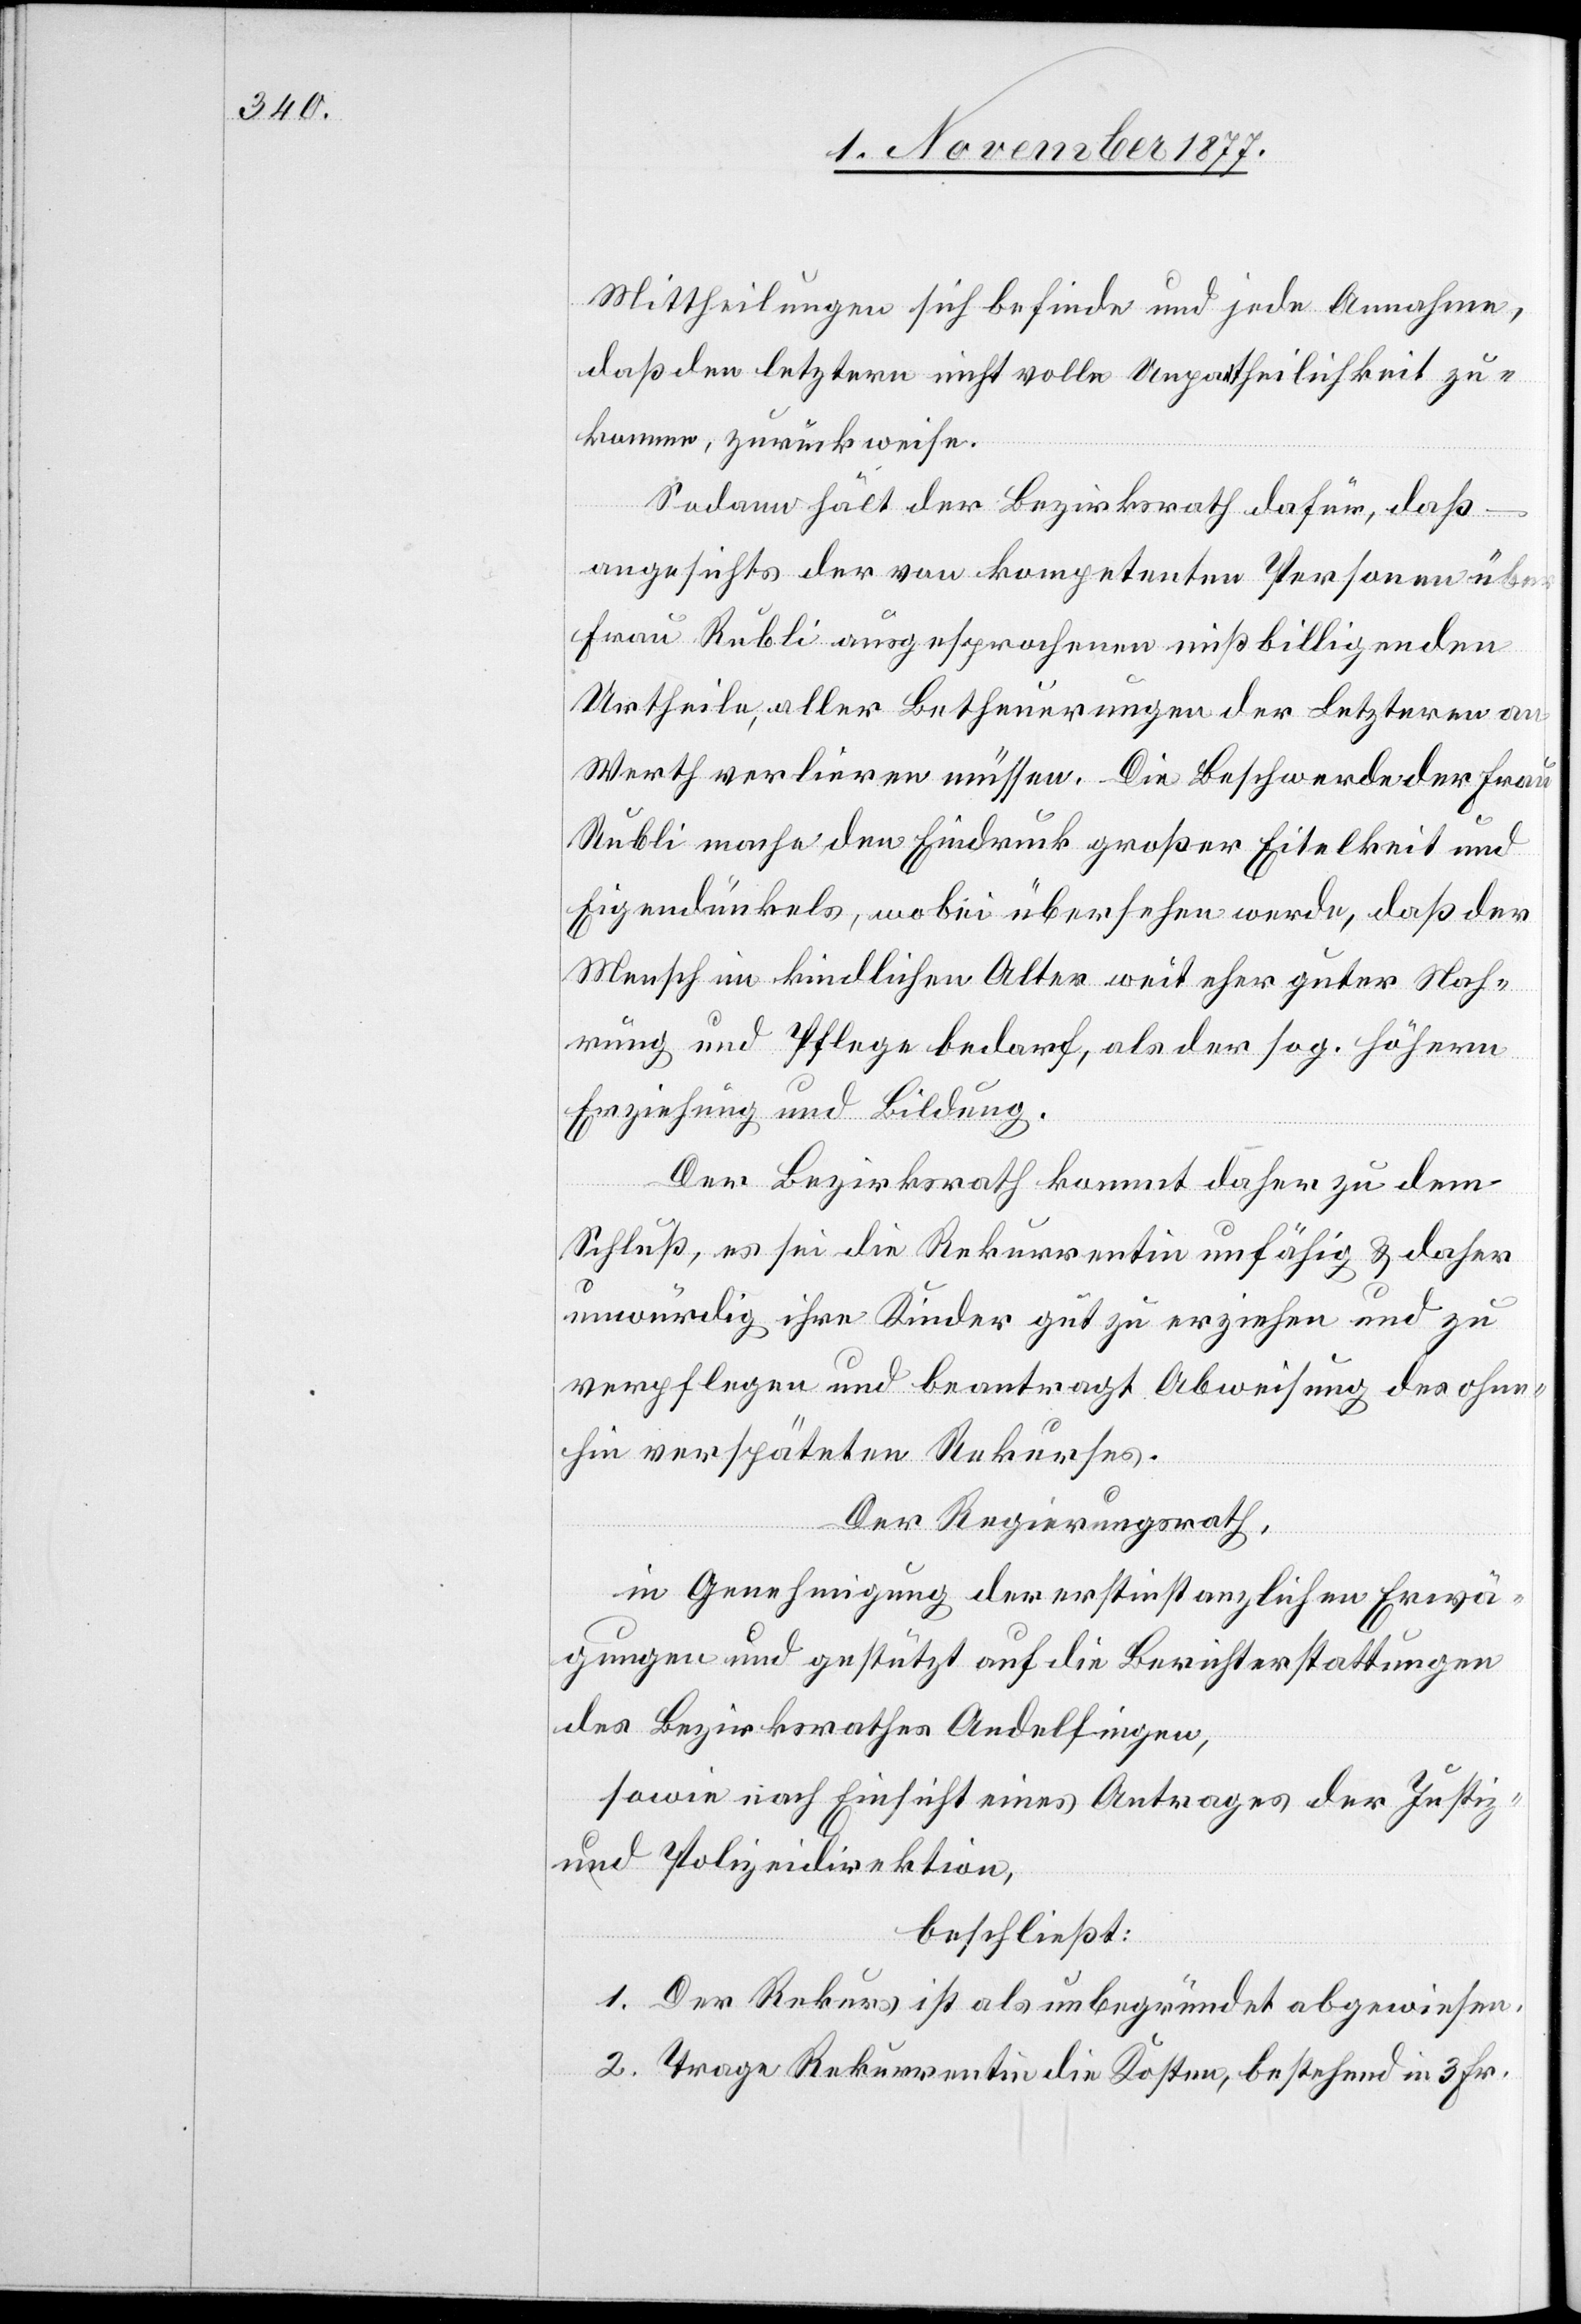
Mittheilungen sich befinde und jede Annahme,
daß den letztern nicht volle Unpartheilichkeit zu¬
komme, zurückweise.
Sodann hält der Bezirksrath dafür, daß –
angesichts der von kompetenten Personen ü¬
Frau Rubli ausgesprochenen mißbilligenden
Urtheile, aller Betheuerungen der Letzteren an
Werth verlieren müssen. Die Beschwerde der Frau
Rubli mache den Eindruck großer Eitelkeit und
Eigendünkels, wobei übersehen werde, daß der
Mensch im kindlichen Alter weit eher guter Nah¬
rung und Pflege bedarf, als der sog. höhern
Erziehung und Bildung.
Der Bezirksrath kommt daher zu dem
Schluß, es sei die Rekurrentin unfähig & daher
unwürdig ihre Kinder gut zu erziehen und zu
verpflegen und beantragt Abweisung des ohne¬
hin verspäteten Rekurses.
Der Regierungsrath,
ber
in Genehmigung der erstinstanzlichen Erwä¬
gungen und gestützt auf die Berichterstattungen
des Bezirksrathes Andelfingen,
sowie nach Einsicht eines Antrages der Justiz-
und Polizeidirektion,
beschließt:
1. Der Rekurs ist als unbegründet abgewiesen.
2. Trage Rekurrentin die Kosten, bestehend in 3 Fr.